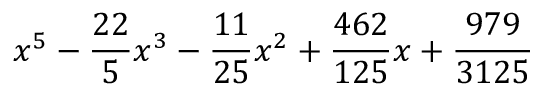
x ^ { 5 } - { \frac { 2 2 } { 5 } } x ^ { 3 } - { \frac { 1 1 } { 2 5 } } x ^ { 2 } + { \frac { 4 6 2 } { 1 2 5 } } x + { \frac { 9 7 9 } { 3 1 2 5 } }